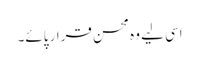
اسی لیے وہ محسن قرار پائے۔